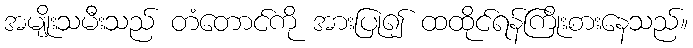
အမျိုးသမီးသည် တံတောင်ကို အားပြု၍ ထထိုင်ရန်ကြိုးစားနေသည်။